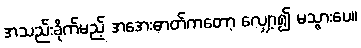
အသည်းခိုက်မည့် အအေးဓာတ်ကတော့ လျှော့၍ မသွားပေ။